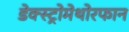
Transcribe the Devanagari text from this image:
डेक्स्ट्रोमेथोरफान